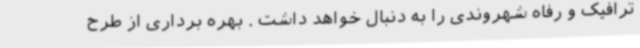
ترافیک و رفاه شهروندی را به دنبال خواهد داشت . بهره برداری از طرح